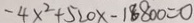
- 4 x ^ { 2 } + 5 2 0 x - 1 8 8 0 0 = 0